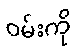
ဝမ်းကို